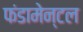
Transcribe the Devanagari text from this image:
फंडामेन्टल